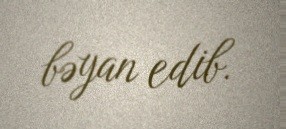
bəyan edib.